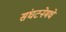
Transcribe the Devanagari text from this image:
संघटनेमधे